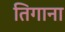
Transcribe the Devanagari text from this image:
तिगाना